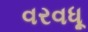
વરવધૂ